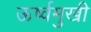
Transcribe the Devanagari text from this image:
ऊर्ष्वमुखी